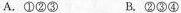
A.①②③ B.②③④